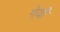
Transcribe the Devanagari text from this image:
गेयी